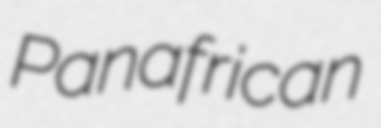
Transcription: Panafrican